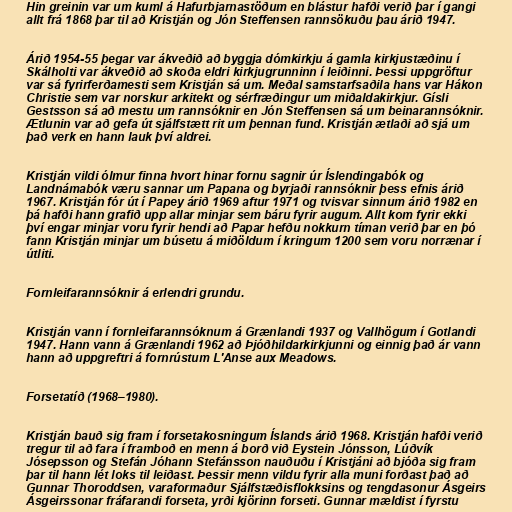
Hin greinin var um kuml á Hafurbjarnastöðum en blástur hafði verið þar í gangi
allt frá 1868 þar til að Kristján og Jón Steffensen rannsökuðu þau árið 1947.

Árið 1954-55 þegar var ákveðið að byggja dómkirkju á gamla kirkjustæðinu í
Skálholti var ákveðið að skoða eldri kirkjugrunninn í leiðinni. Þessi uppgröftur
var sá fyrirferðamesti sem Kristján sá um. Meðal samstarfsaðila hans var Hákon
Christie sem var norskur arkitekt og sérfræðingur um miðaldakirkjur. Gísli
Gestsson sá að mestu um rannsóknir en Jón Steffensen sá um beinarannsóknir.
Ætlunin var að gefa út sjálfstætt rit um þennan fund. Kristján ætlaði að sjá um
það verk en hann lauk því aldrei.

Kristján vildi ólmur finna hvort hinar fornu sagnir úr Íslendingabók og
Landnámabók væru sannar um Papana og byrjaði rannsóknir þess efnis árið
1967. Kristján fór út í Papey árið 1969 aftur 1971 og tvisvar sinnum árið 1982 en
þá hafði hann grafið upp allar minjar sem báru fyrir augum. Allt kom fyrir ekki
því engar minjar voru fyrir hendi að Papar hefðu nokkurn tíman verið þar en þó
fann Kristján minjar um búsetu á miðöldum í kringum 1200 sem voru norrænar í
útliti.

Fornleifarannsóknir á erlendri grundu.

Kristján vann í fornleifarannsóknum á Grænlandi 1937 og Vallhögum í Gotlandi
1947. Hann vann á Grænlandi 1962 að Þjóðhildarkirkjunni og einnig það ár vann
hann að uppgreftri á fornrústum L'Anse aux Meadows.

Forsetatíð (1968–1980).

Kristján bauð sig fram í forsetakosningum Íslands árið 1968. Kristján hafði verið
tregur til að fara í framboð en menn á borð við Eystein Jónsson, Lúðvík
Jósepsson og Stefán Jóhann Stefánsson nauðuðu í Kristjáni að bjóða sig fram
þar til hann lét loks til leiðast. Þessir menn vildu fyrir alla muni forðast það að
Gunnar Thoroddsen, varaformaður Sjálfstæðisflokksins og tengdasonur Ásgeirs
Ásgeirssonar fráfarandi forseta, yrði kjörinn forseti. Gunnar mældist í fyrstu